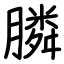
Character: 膦